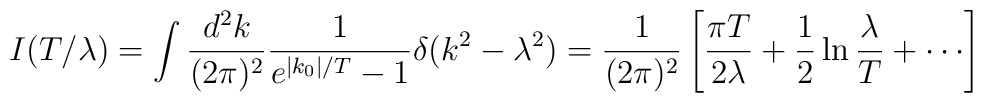
I(T/\lambda)=\int \frac{d^{2}k}{(2\pi)^{2}}\frac{1}{e^{|k_0|/T}-1}\delta(k^{2}-\lambda^{2}) =\frac{1}{(2\pi)^{2}}\left[\frac{\pi T}{2\lambda}+\frac{1}{2}\ln\frac{\lambda}{T}+\cdots\right]